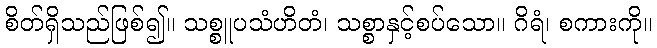
စိတ်ရှိသည်ဖြစ်၍။ သစ္စူပသံဟိတံ၊ သစ္စာနှင့်စပ်သော။ ဂိရံ၊ စကားကို။